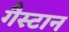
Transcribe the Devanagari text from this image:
गैस्टान